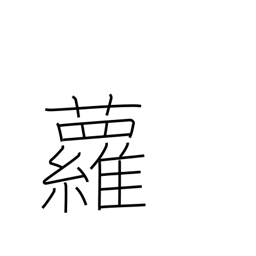
Meaning: ivy